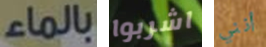
بالماء اشربوا أنني